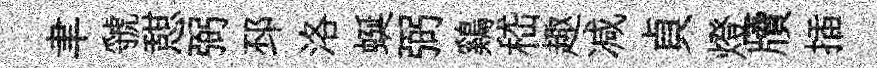
聿虢憇弼邳洛蜒弼鷄嵇趣减貞燈牘插